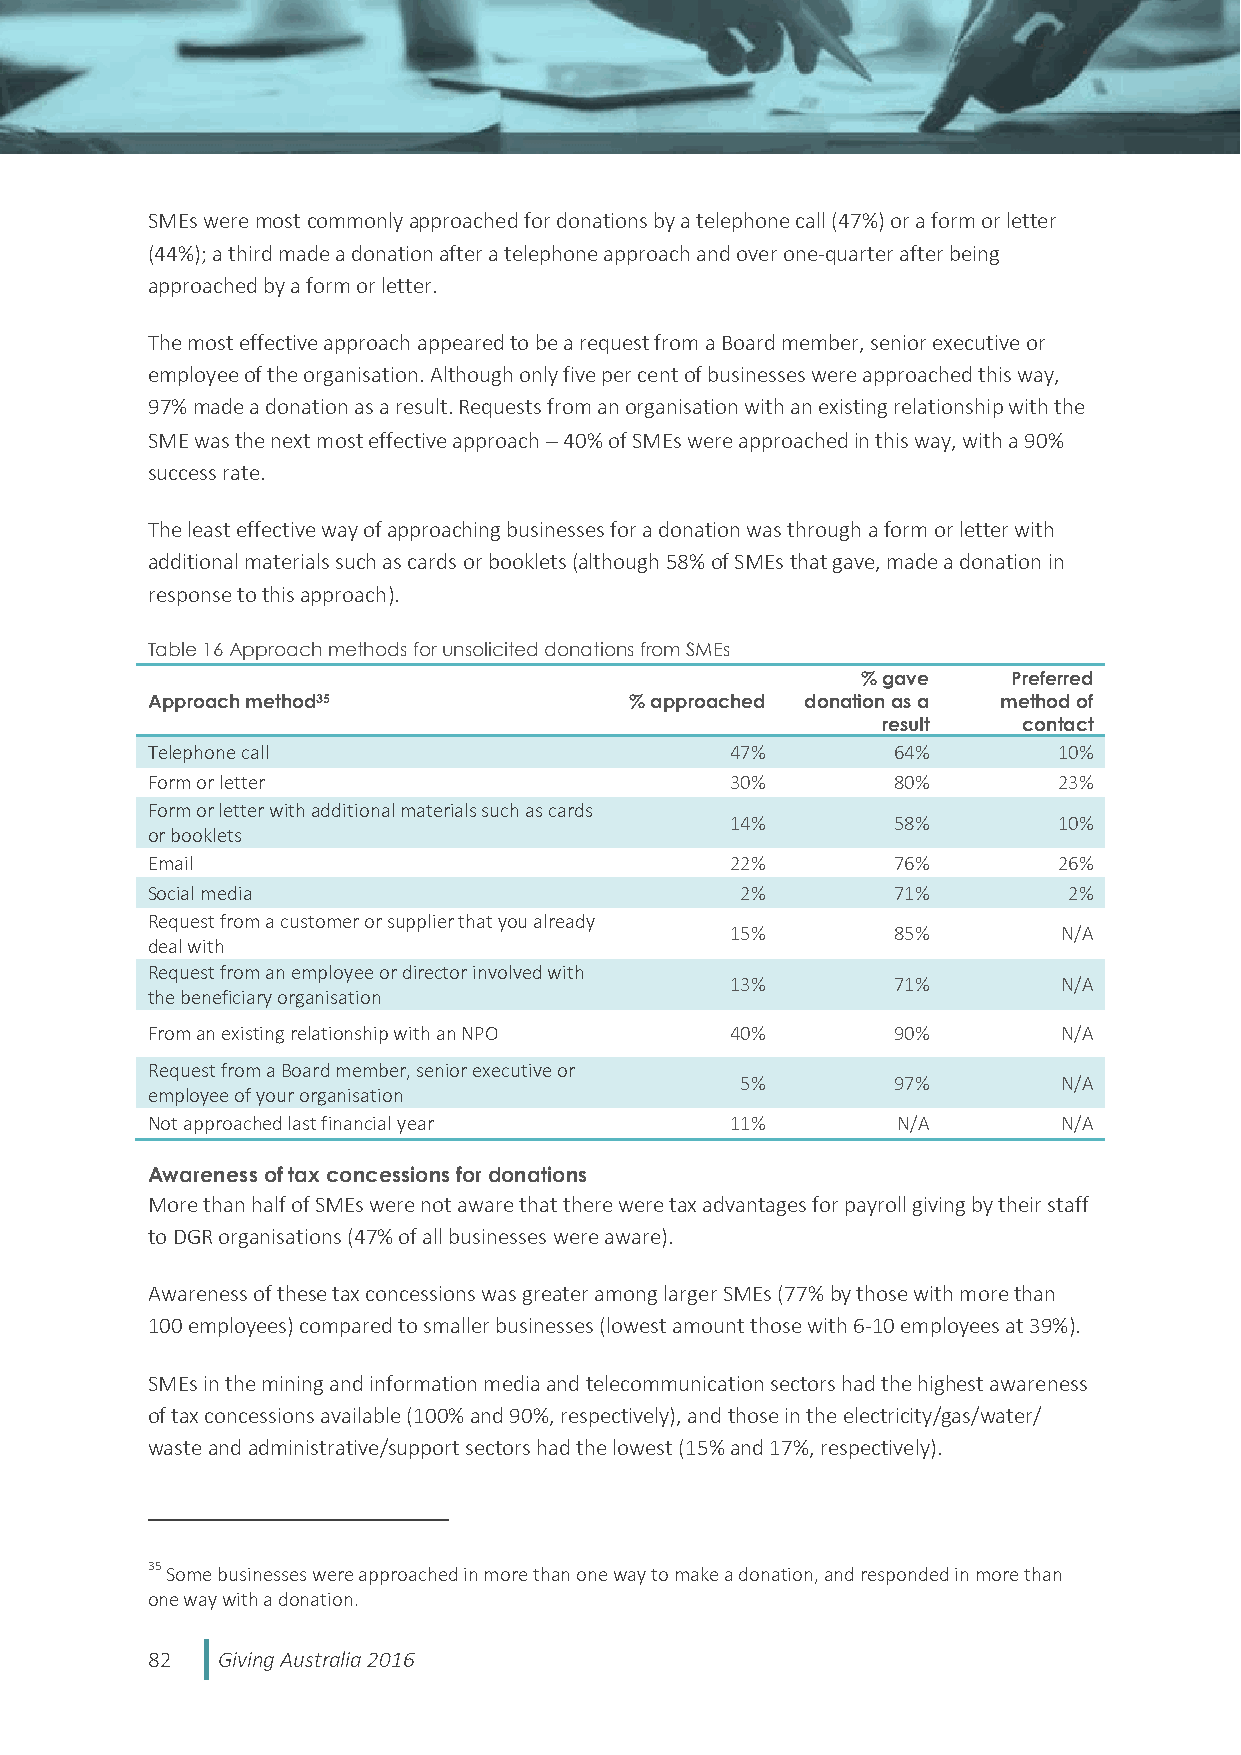
SMEs were most commonly approached for donations by a telephone call (47%) or a form or letter
 (44%); a third made a donation after a telephone approach and over one-quarter after being
 approached by a form or letter.
 The most effective approach appeared to be a request from a Board member, senior executive or
 employee of the organisation. Although only five per cent of businesses were approached this way,
 97% made a donation as a result. Requests from an organisation with an existing relationship with the
 SME was the next most effective approach  40% of SMEs were approached in this way, with a 90%
 success rate.
 The least effective way of approaching businesses for a donation was through a form or letter with
 additional materials such as cards or booklets (although 58% of SMEs that gave, made a donation in
 response to this approach).
 Table 16 Approach methods for unsolicited donations from SMEs
 % gave    Preferred
 Approach method35               % approached donation as a method of
 result    contact
 Telephone call                        47%        64%        10%
 Form or letter                        30%        80%        23%
 Form or letter with additional materials such as cards
 14%        58%        10%
 or booklets
 Email                                 22%        76%        26%
 Social media                           2%        71%         2%
 Request from a customer or supplier that you already
 15%        85%        N/A
 deal with
 Request from an employee or director involved with
 13%        71%        N/A
 the beneficiary organisation
 From an existing relationship with an NPO 40%    90%        N/A
 Request from a Board member, senior executive or
 5%        97%        N/A
 employee of your organisation
 Not approached last financial year    11%        N/A        N/A
 Awareness of tax concessions for donations
 More than half of SMEs were not aware that there were tax advantages for payroll giving by their staff
 to DGR organisations (47% of all businesses were aware).
 Awareness of these tax concessions was greater among larger SMEs (77% by those with more than
 100 employees) compared to smaller businesses (lowest amount those with 6-10 employees at 39%).
 SMEs in the mining and information media and telecommunication sectors had the highest awareness
 of tax concessions available (100% and 90%, respectively), and those in the electricity/gas/water/
 waste and administrative/support sectors had the lowest (15% and 17%, respectively).
 35 Some businesses were approached in more than one way to make a donation, and responded in more than
 one way with a donation.
 82  Giving Australia 2016